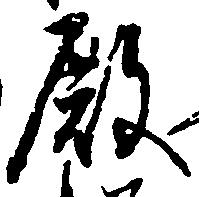
殿